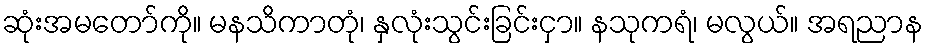
ဆုံးအမတော်ကို။ မနသိကာတုံ၊ နှလုံးသွင်းခြင်းငှာ။ နသုကရံ၊ မလွယ်။ အရညာန